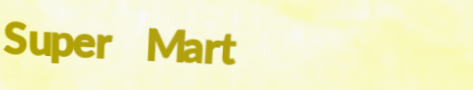
Super Mart